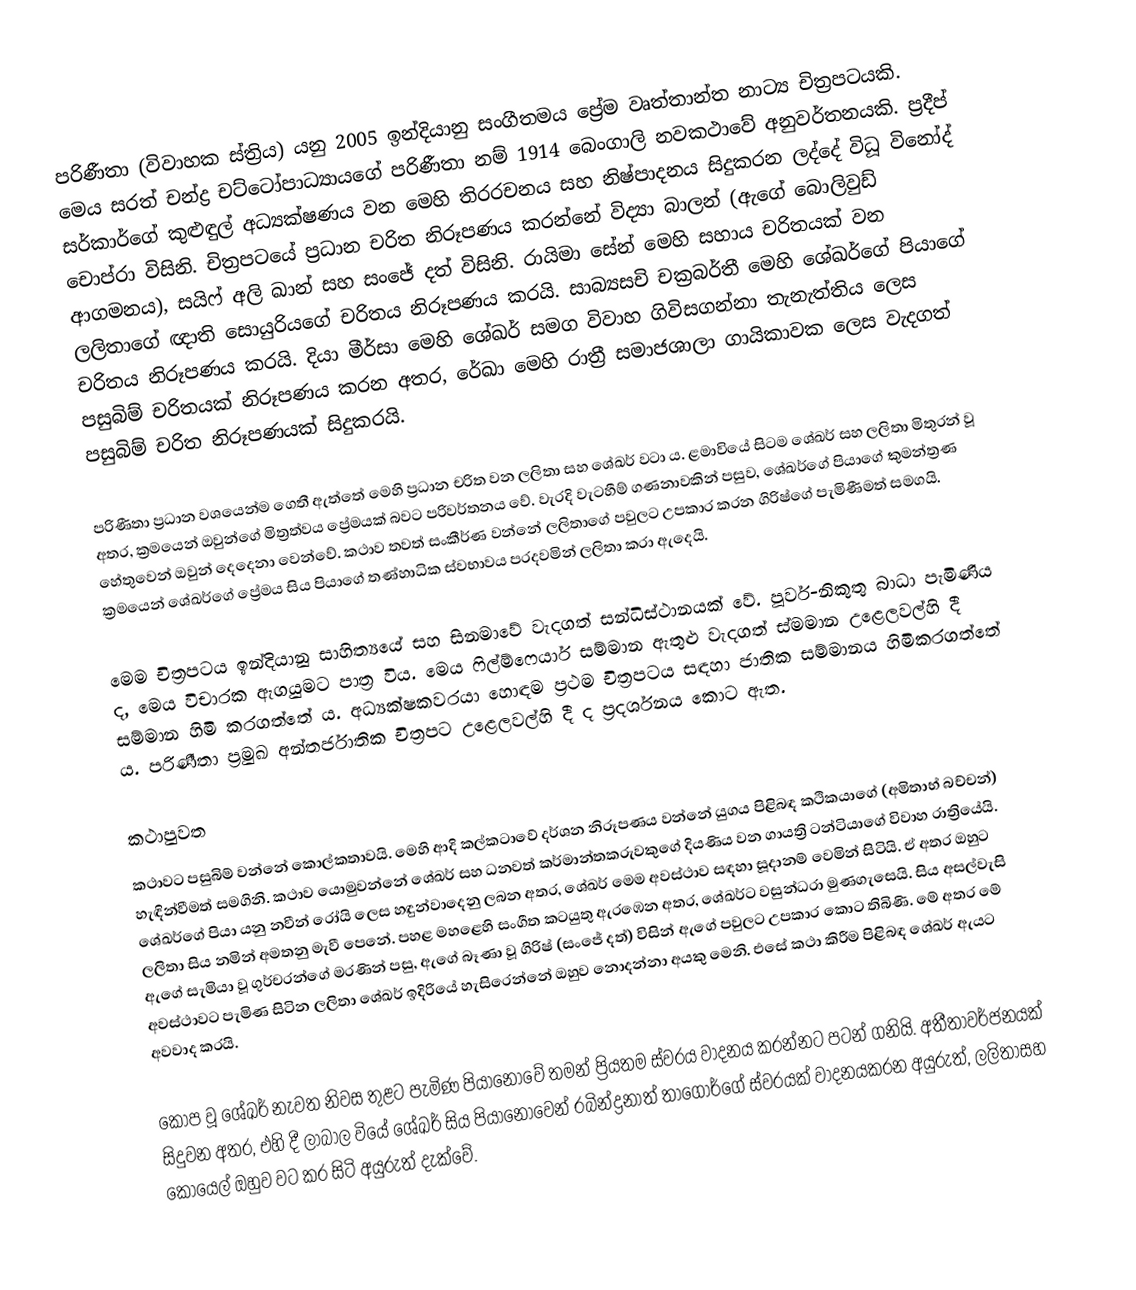
පරිණීතා (විවාහක ස්ත්‍රිය) යනු 2005 ඉන්දියානු සංගීතමය ප්‍රේම වෘත්තාන්ත නාට්‍ය චිත්‍රපටයකි. මෙය සරත් චන්ද්‍ර චට්ටෝපාධ්‍යායගේ පරිණීතා නම් 1914 බෙංගාලි නවකථාවේ අනුවර්තනයකි.  ප්‍රදීප් සර්කාර්ගේ කුළුඳුල් අධ්‍යක්ෂණය වන මෙහි තිරරචනය සහ නිෂ්පාදනය සිදුකරන ලද්දේ විධූ විනෝද් චොප්රා විසිනි. ‍චිත්‍රපටයේ ප්‍රධාන චරිත නිරූපණය කරන්නේ විද්‍යා බාලන් (ඇගේ බොලිවුඩ් ආගමනය), සයිෆ් අලි ඛාන් සහ සංජේ දත් විසිනි. රායිමා සේන් මෙහි සහාය චරිතයක් වන ලලිතාගේ ඥාති සොයුරියගේ චරිතය නිරූපණය කරයි. සාබ්‍යසචි චක්‍රබර්තී මෙහි ශේඛර්ගේ පියාගේ චරිතය නිරූපණය කරයි. දියා මීර්සා මෙහි ශේඛර් සමග විවාහ ගිවිසගන්නා තැනැත්තිය ලෙස පසුබිම් චරිතයක් නිරූපණය කරන අතර, රේඛා මෙහි රාත්‍රී සමාජශාලා ගායිකාවක ලෙස වැදගත් පසුබිම් චරිත නිරූපණයක් සිදුකරයි.

පරිණීතා ප්‍රධාන වශයෙන්ම ගෙතී ඇත්තේ මෙහි ප්‍රධාන චරිත වන ලලිතා සහ ශේඛර් වටා ය. ළමාවියේ සිටම ශේඛර් සහ ලලිතා මිතුරන් වූ අතර, ක්‍රමයෙන් ඔවුන්ගේ මිත්‍රත්වය ප්‍රේමයක් බවට පරිවර්තනය වේ. වැරදි වැටහීම් ගණනාවකින් පසුව, ශේඛර්ගේ පියාගේ කුමන්ත්‍රණ හේතුවෙන් ඔවුන් දෙදෙනා වෙන්වේ. කථාව තවත් සංකීර්ණ වන්නේ ලලිතාගේ පවුලට උපකාර කරන ගිරිෂ්ගේ පැමිණීමත් සමගයි. ක්‍රමයෙන් ශේඛර්ගේ ප්‍රේමය සිය පියාගේ තණ්හාධික ස්වභාවය පරදවමින් ලලිතා කරා ඇදෙයි.

මෙම චිත්‍රපටය ඉන්දියානු සාහිත්‍යයේ සහ සිනමාවේ වැදගත් සන්ධිස්ථානයක් වේ. පූර්ව-නිකුතු බාධා පැමිණිය ද, මෙය විචාරක ඇගයුමට පාත්‍ර විය. මෙය ෆිල්ම්ෆෙයාර් සම්මාන ඇතුළු වැදගත් ස්මමාන උළෙලවල්හි දී සම්මාන හිමි කරගත්තේ ය. අධ්‍යක්ෂකවරයා හොඳම ප්‍රථම චිත්‍රපටය සඳහා ජාතික සම්මානය හිමිකරගත්තේ ය. පරිණීතා ප්‍රමුඛ අන්තර්ජාතික චිත්‍රපට උළෙලවල්හි දී ද ප්‍රදර්ශනය කොට ඇත.

කථාපුවත
කථාවට පසුබිම් වන්නේ කොල්කතාවයි. මෙහි ආදි කල්කටාවේ දර්ශන නිරූපණය වන්නේ යුගය පිළිබඳ කථිකයාගේ (අමිතාභ් බච්චන්) හැඳින්වීමත් සමගිනි. කථාව යොමුවන්නේ ශේඛර් සහ ධනවත් කර්මාන්තකරුවකුගේ දියණිය වන ගායත්‍රි ටන්ටියාගේ විවාහ රාත්‍රියේයි. ශේඛර්ගේ පියා යනු නවීන් රෝයි ලෙස හඳුන්වාදෙනු ලබන අතර, ශේඛර් මෙම අවස්ථාව සඳහා සූදානම් වෙමින් සිටියි. ඒ අතර ඔහුට ලලිතා සිය නමින් අමතනු මැවී පෙනේ. පහළ මහළෙහි සංගීත කටයුතු ඇරඹෙන අතර, ශේඛර්ට වසුන්ධරා මුණගැසෙයි. සිය අසල්වැසි ඇගේ සැමියා වූ ගුර්චරන්ගේ මරණින් පසු, ඇගේ බෑණා වූ ගිරිෂ් (සංජේ දත්) විසින් ඇගේ පවුලට උපකාර කොට තිබිණි. මේ අතර මේ අවස්ථාවට පැමිණ සිටින ලලිතා ශේඛර් ඉදිරියේ හැසිරෙන්නේ ඔහුව නොදන්නා අයකු මෙනි. එසේ කථා කිරීම පිළිබඳ ශේඛර් ඇයට අවවාද කරයි.

කෝප වූ ශේඛර් නැවත නිවස තුළට පැමිණ පියානෝවේ තමන් ප්‍රියතම ස්වරය වාදනය කරන්නට පටන් ගනියි. අතීතාවර්ජනයක් සිදුවන අතර, එහි දී ලාබාල වියේ ශේඛර් සිය පියානෝවෙන් රබින්ද්‍රනාත් තාගෝර්ගේ ස්වරයක් වාදනයකරන අයුරුත්, ලලිතාසහ කොයෙල් ඔහුව වට කර සිටි අයුරුත් දැක්වේ.